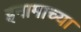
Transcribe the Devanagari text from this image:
इनामाच्या